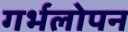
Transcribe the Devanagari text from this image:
गर्भलोपन